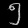
Digit: ၅